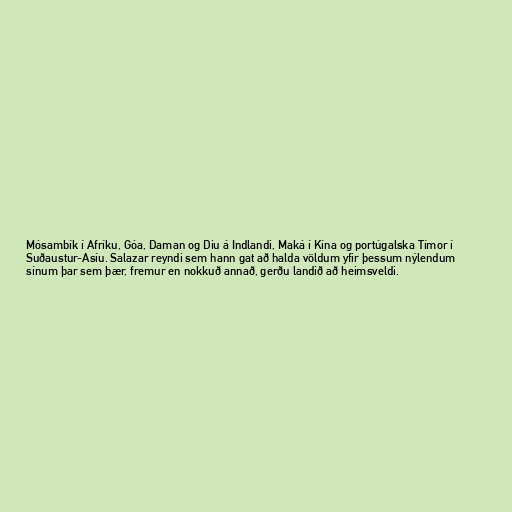
Mósambík í Afríku, Góa, Daman og Diu á Indlandi, Maká í Kína og portúgalska Tímor í
Suðaustur-Asíu. Salazar reyndi sem hann gat að halda völdum yfir þessum nýlendum
sínum þar sem þær, fremur en nokkuð annað, gerðu landið að heimsveldi.